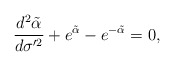
\begin{align*}\frac{d^2\tilde{\alpha}}{d\sigma'^2}+e^{\tilde{\alpha}}-e^{-\tilde{\alpha}}=0,\end{align*}